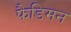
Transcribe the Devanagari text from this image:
फैडिमन